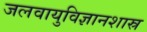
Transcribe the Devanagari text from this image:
जलवायुविज्ञानशास्र